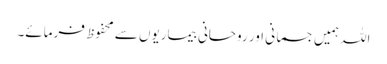
اللہ ہمیں جسمانی اور روحانی بیماریوں سے محفوظ فرمائے۔